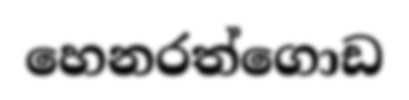
හෙනරත්ගොඩ